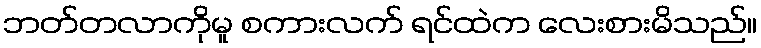
ဘတ်တလာကိုမူ စကားလက် ရင်ထဲက လေးစားမိသည်။